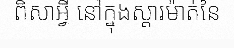
ពិសាអ្វី នៅក្នុងស្តារម៉ាត់នៃ